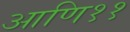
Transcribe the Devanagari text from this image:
आणि११